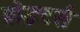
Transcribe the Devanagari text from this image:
प्रोइटर्स